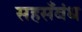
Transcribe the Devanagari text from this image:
सहसँबंध